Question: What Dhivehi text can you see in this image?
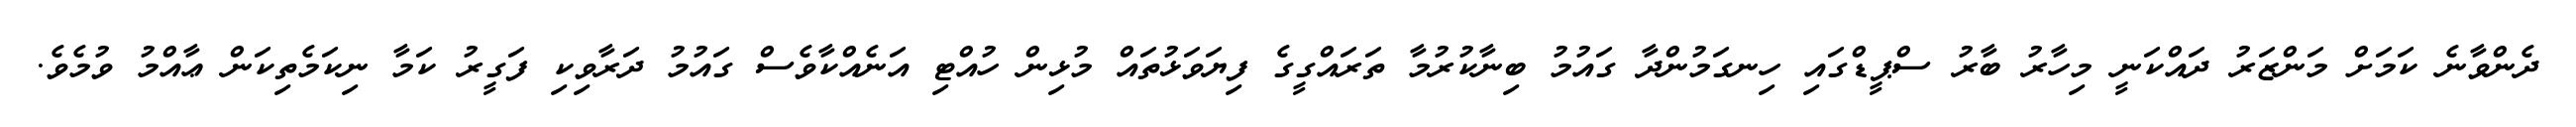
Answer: ދެންވާނެ ކަމަށް މަންޒަރު ދައްކަނީ މިހާރު ބާރު ސްޕީޑްގައި ހިނގަމުންދާ ގައުމު ބިނާކުރުމާ ތަރައްގީގެ ފިޔަވަޅުތައް މުޅިން ހުއްޓި އަނެއްކާވެސް ގައުމު ދަރާވިކި ފަގީރު ކަމާ ނިކަމެތިކަން ޢާއްމު ވުމެވެ.